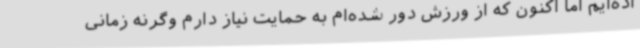
اده‌ایم اما اکنون که از ورزش دور شده‌ام به حمایت نیاز دارم وگرنه زمانی